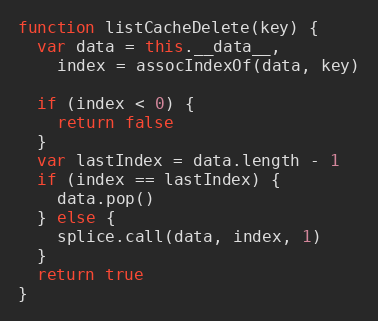
Language: JavaScript
function listCacheDelete(key) {
  var data = this.__data__,
    index = assocIndexOf(data, key)

  if (index < 0) {
    return false
  }
  var lastIndex = data.length - 1
  if (index == lastIndex) {
    data.pop()
  } else {
    splice.call(data, index, 1)
  }
  return true
}